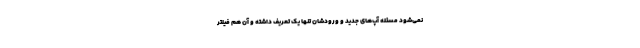
نمی‌شود مسئله آپ‌های جدید و ورودشان تنها یک تعریف داشته و آن هم فیلتر